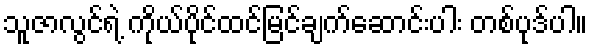
သူဇာလွင်ရဲ့ ကိုယ်ပိုင်ထင်မြင်ချက်ဆောင်းပါး တစ်ပုဒ်ပါ။